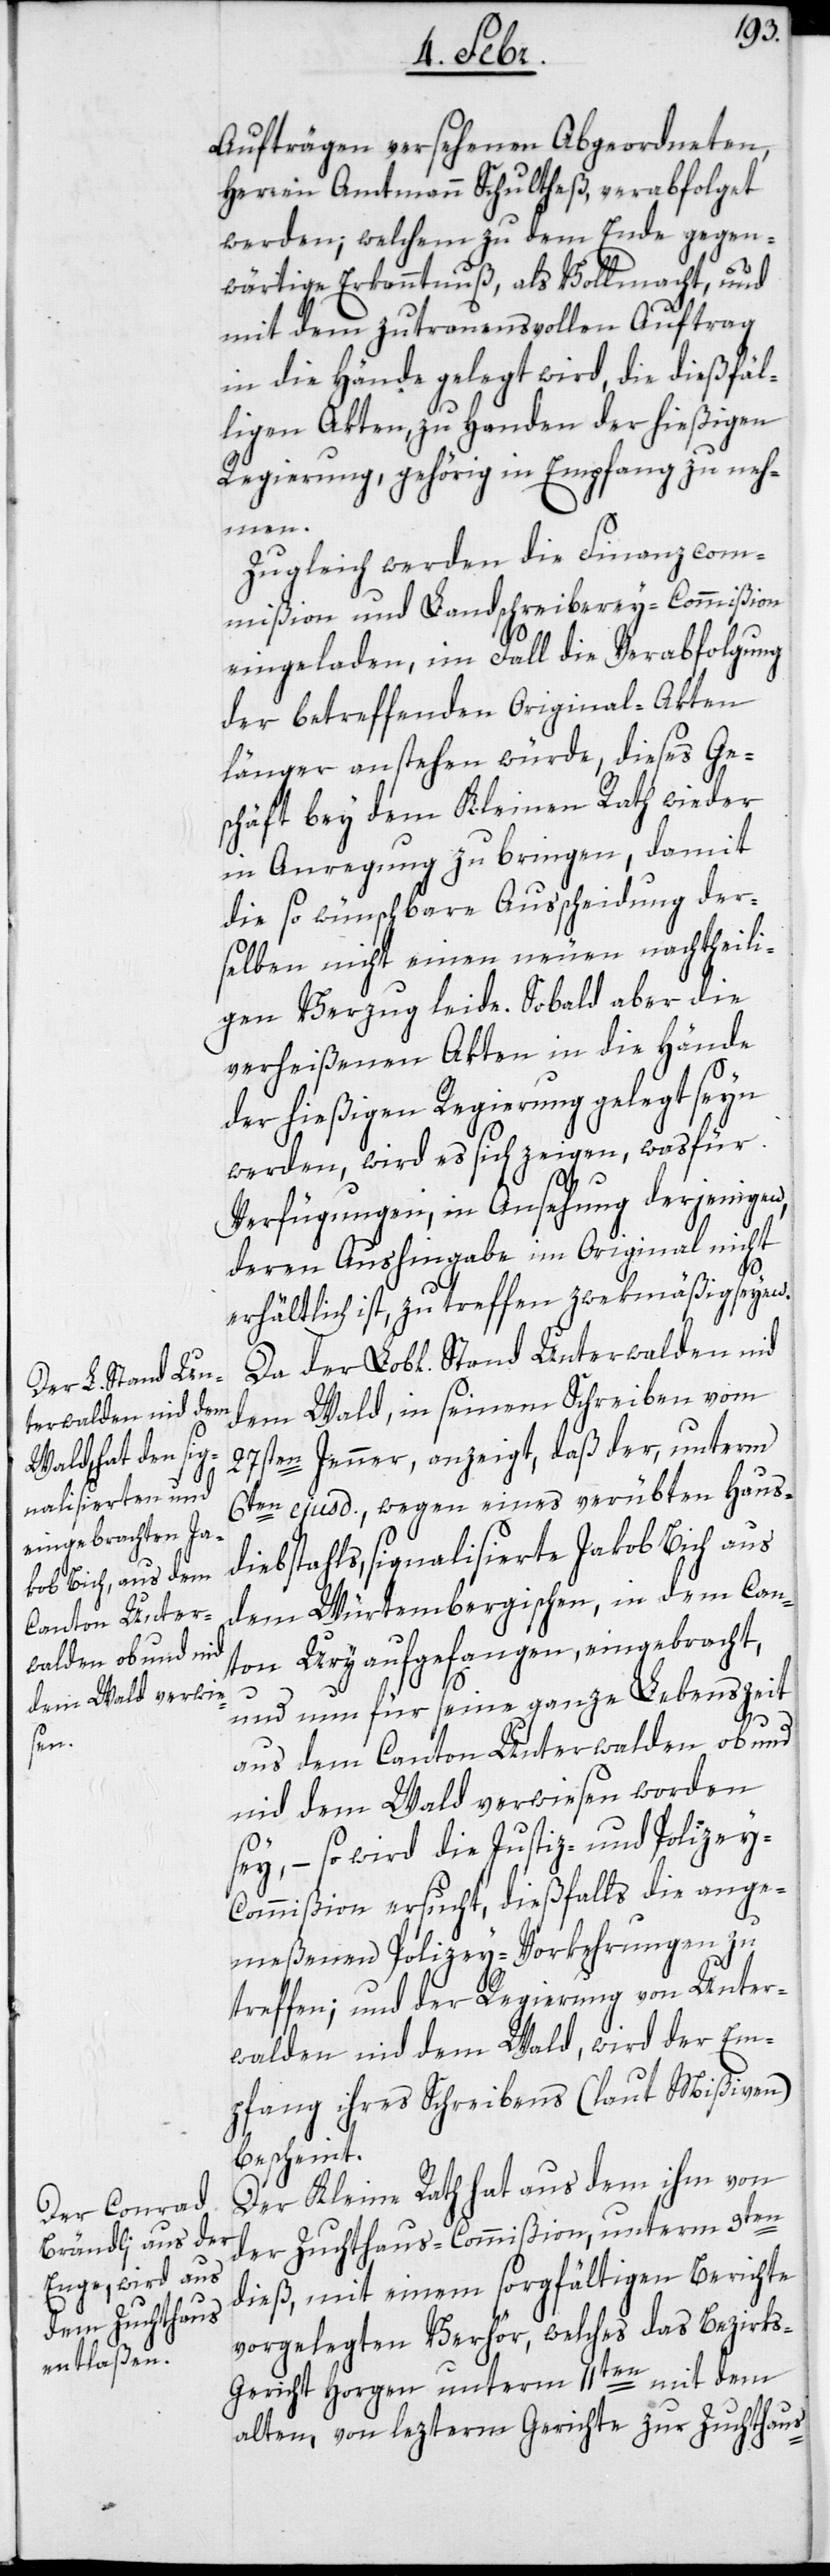
Herren Amtmann Schultheß, verabfolget
werden; welchem zu dem Ende gegen¬
wärtige Erkanntnuß, als Vollmacht, und
mit dem zutrauensvollen Auftrag
in die Hände gelegt wird, die dießfäl¬
ligen Akten, zu Handen der hießigen
Regierung, gehörig in Empfang zu neh¬
men.
Zugleich werden die Finanzcom¬
mißion und Landschreiberey-Commißion
eingeladen, im Fall die Verabfolgung
der betreffenden Original-Akten
länger anstehen würde, dieses Ge¬
schäft bey dem Kleinen Rath wieder
in Anregung zu bringen, damit
die so wünschbare Ausscheidung der¬
selben nicht einen neuen nachtheili¬
gen Verzug leide. Sobald aber die
verheißenen Akten in die Hände
der hießigen Regierung gelegt seyn
werden, wird es sich zeigen, was für
Verfügungen, in Ansehung derjenigen,
deren Aushingabe im Original nicht
erhältlich ist, zu treffen zweckmäßig seyen.
Da der Lobl. Stand Unterwalden nid
dem Wald, in seinem Schreiben vom
27sten Jenner, anzeigt, daß der, unterm
6ten ejusd., wegen eines verübten Haus¬
diebstahls, signalisierte Jakob Bich aus
dem Würtembergischen, in dem Can¬
ton Ury aufgefangen, eingebracht,
und nun für seine ganze Lebenszeit
aus dem Canton Unterwalden, ob und
nid dem Wald verwiesen worden
sey, – so wird die Justiz- und Polizey-C¬
ommißion ersucht, dießfalls die ange¬
meßenen Polizey-Vorkehrungen zu
treffen; und der Regierung von Unter¬
walden nid dem Wald, wird der Em¬
pfang ihres Schreibens (laut Mißiven)
bescheint.
Der Kleine Rath hat aus dem ihm von
der Zuchthaus-Commißion, unterm 3ten
dieß, mit einem sorgfältigen Berichte
vorgelegten Verhör, welches das Bezirk¬
s-Gericht Horgen unterm 11ten mit dem
alten, von lezteren Gerichte zur Zuchthaus-